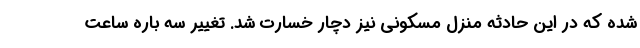
شده که در این حادثه منزل مسکونی نیز دچار خسارت شد. تغییر سه باره ساعت